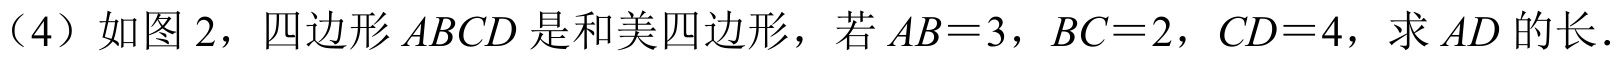
（4）如图 2，四边形 \(ABCD\) 是和美四边形，若 \(AB = 3\)，\(BC = 2\)，\(CD = 4\)，求 \(AD\) 的长．